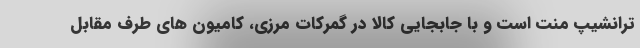
ترانشیپ منت است و با جابجایی کالا در گمرکات مرزی، کامیون های طرف مقابل